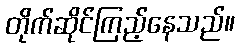
တိုက်ဆိုင်ကြည့်နေသည်။